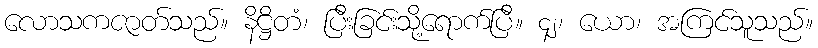
လောသကဇာတ်သည်။ နိဋ္ဌိတံ၊ ပြီးခြင်းသို့ရောက်ပြီ။ ၄၂၊ ယော၊ အကြင်သူသည်။